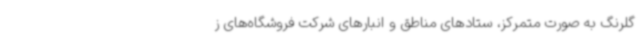
گلرنگ به صورت متمرکز، ستادهای مناطق و انبارهای شرکت فروشگاه‌های ز